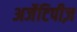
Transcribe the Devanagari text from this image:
अर्जेटिपीज़